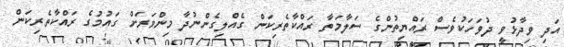
އަދި ވިދާޅުވީ ދުވަހަކުވެސް ރައްޔިތުންގެ ސަލާމަތާ ރައްކާތެރިކަން ގެއްލިގެންނުދާ މިންވަރަށް ގައުމުގެ ރައްކާތެރިކަން